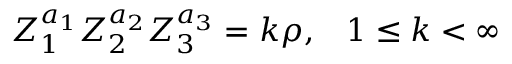
Z _ { 1 } ^ { a _ { 1 } } Z _ { 2 } ^ { a _ { 2 } } Z _ { 3 } ^ { a _ { 3 } } = k \rho , \; \; \; 1 \leq k < \infty